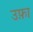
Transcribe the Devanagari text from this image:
उफ़ा